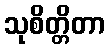
သုစိတ္တိတာ